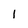
Character: l